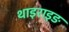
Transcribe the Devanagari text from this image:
थाइराइङ